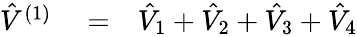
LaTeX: \begin{array}{rlr}{\hat{V}^{(1)}}&{{}=}&{\hat{V}_{1}+\hat{V}_{2}+\hat{V}_{3}+\hat{V}_{4}}\end{array}